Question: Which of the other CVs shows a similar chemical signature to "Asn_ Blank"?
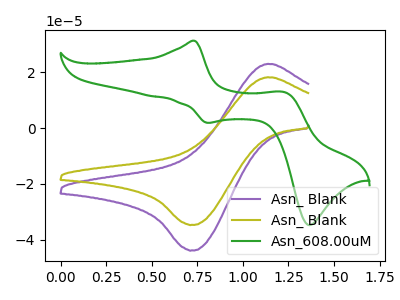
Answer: <think>The purple curve "Asn_ Blank" has an anodic peak at (1.15V, 22.90uA) and a cathodic peak at (0.70V, -43.70uA). The olive curve "Asn_ Blank" has an anodic peak at (1.15V, 18.10uA) and a cathodic peak at (0.70V, -34.60uA). The green curve "Asn_608.00uM" has anodic peaks at (0.75V, 31.20uA) (1.25V, 12.80uA) and cathodic peaks at (0.80V, 1.85uA) (1.35V, -34.70uA).
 All the peaks in "Asn_ Blank" have a peak in "Asn_ Blank" at the same potential. Every peak in "Asn_ Blank" is higher than every peak in "Asn_ Blank". "Asn_ Blank" and "Asn_608.00uM" have a different number of peaks. "Asn_ Blank" and "Asn_608.00uM" have a different number of peaks.</think>
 <answer>The CV with the most similar shape to "Asn_ Blank" is "Asn_ Blank".</answer>
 <eval>"Asn_ Blank"</eval>